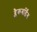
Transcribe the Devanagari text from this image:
ब्लैकबर्डिंग